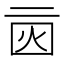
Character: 𠄰